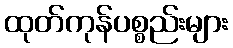
ထုတ်ကုန်ပစ္စည်းများ